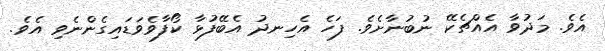
އެވެ. މަދުވާ އެއްޗެކޭ ނުބުނާށެވެ. ފަހެ އެހިނދު އެބޭފުޅާ ކޯފާވެވަޑައިގެންނެވި އެވެ.